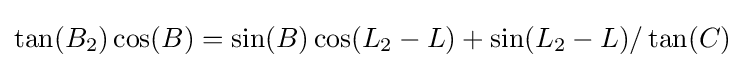
\tan(B_{2})\cos(B)=\sin(B)\cos(L_{2}-L)+\sin(L_{2}-L)/\tan(C)\;